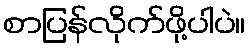
စာပြန်လိုက်ဖို့ပါပဲ။